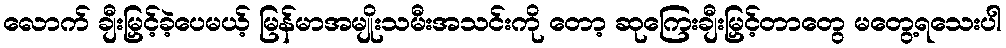
လောက် ချီးမြှင့်ခဲ့ပေမယ့် မြန်မာအမျိုးသမီးအသင်းကို တော့ ဆုကြေးချီးမြှင့်တာတွေ မတွေ့ရသေးပါ